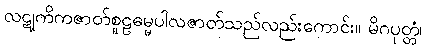
လဋုကိကဇာတ်စူဠဓမ္မပါလဇာတ်သည်လည်းကောင်း။ မိဂပုတ္တံ၊